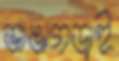
ভাঙাগড়াই